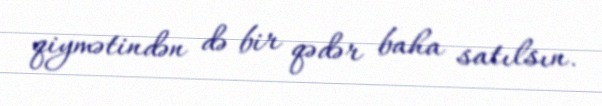
qiymətindən də bir qədər baha satılsın.